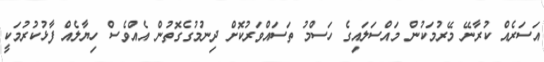
އަސަރެއް ކުރާނޭ މޭރުމަކުން މައްސަލައިގެ ހަސްމު ތަސައްވަރުކޮށް ދިނުމުގެގޮތުން އެއްވެސް ހިޔާލެއް ފާޅުކުރުމަކީ